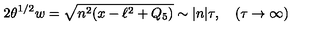
2 \theta ^ { 1 / 2 } w = \sqrt { n ^ { 2 } ( x - \ell ^ { 2 } + Q _ { 5 } ) } \sim | n | \tau , \quad ( \tau \rightarrow \infty )